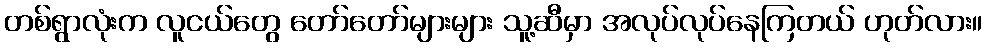
တစ်ရွာလုံးက လူငယ်တွေ တော်တော်များများ သူ့ဆီမှာ အလုပ်လုပ်နေကြတယ် ဟုတ်လား။